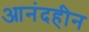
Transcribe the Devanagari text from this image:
आनंदहीन